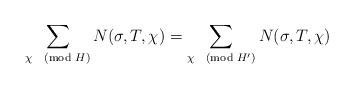
LaTeX: \begin{align*}\sum_{\chi \pmod{H}} N(\sigma,T,\chi) = \sum_{ \chi \pmod{H'}} N(\sigma,T,\chi)\end{align*}